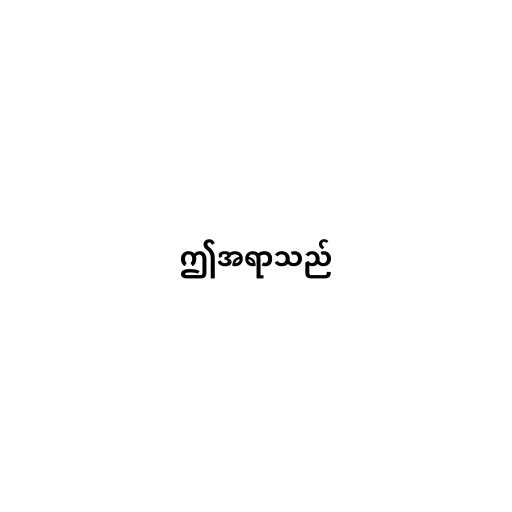
ဤအရာသည်